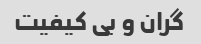
گران و بی کیفیت